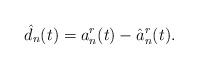
LaTeX: \begin{align*} \hat{d}_n(t) = a_n^r(t) - \hat{a}_n^{r}(t).\end{align*}